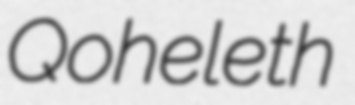
Qoheleth